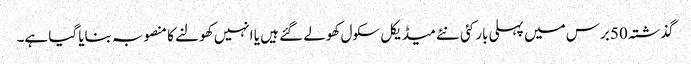
گذشتہ 50 برس میں پہلی بار کئی نئے میڈیکل سکول کھولے گئے ہیں یا انہیں کھولنے کا منصوبہ بنایا گیا ہے۔